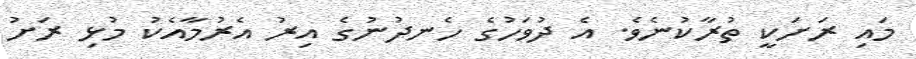
މައި ރަށަކީ ތުރާކުނެވެ. އެ ދުވަހުގެ ހެނދުނުގެ އިރު އެރުމާއެކު މުޅި ރަށު